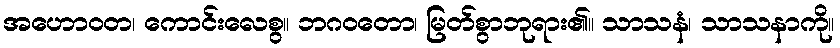
အဟောဝတ၊ ကောင်းလေစွ။ ဘဂဝတော၊ မြတ်စွာဘုရား၏။ သာသနံ၊ သာသနာကို။